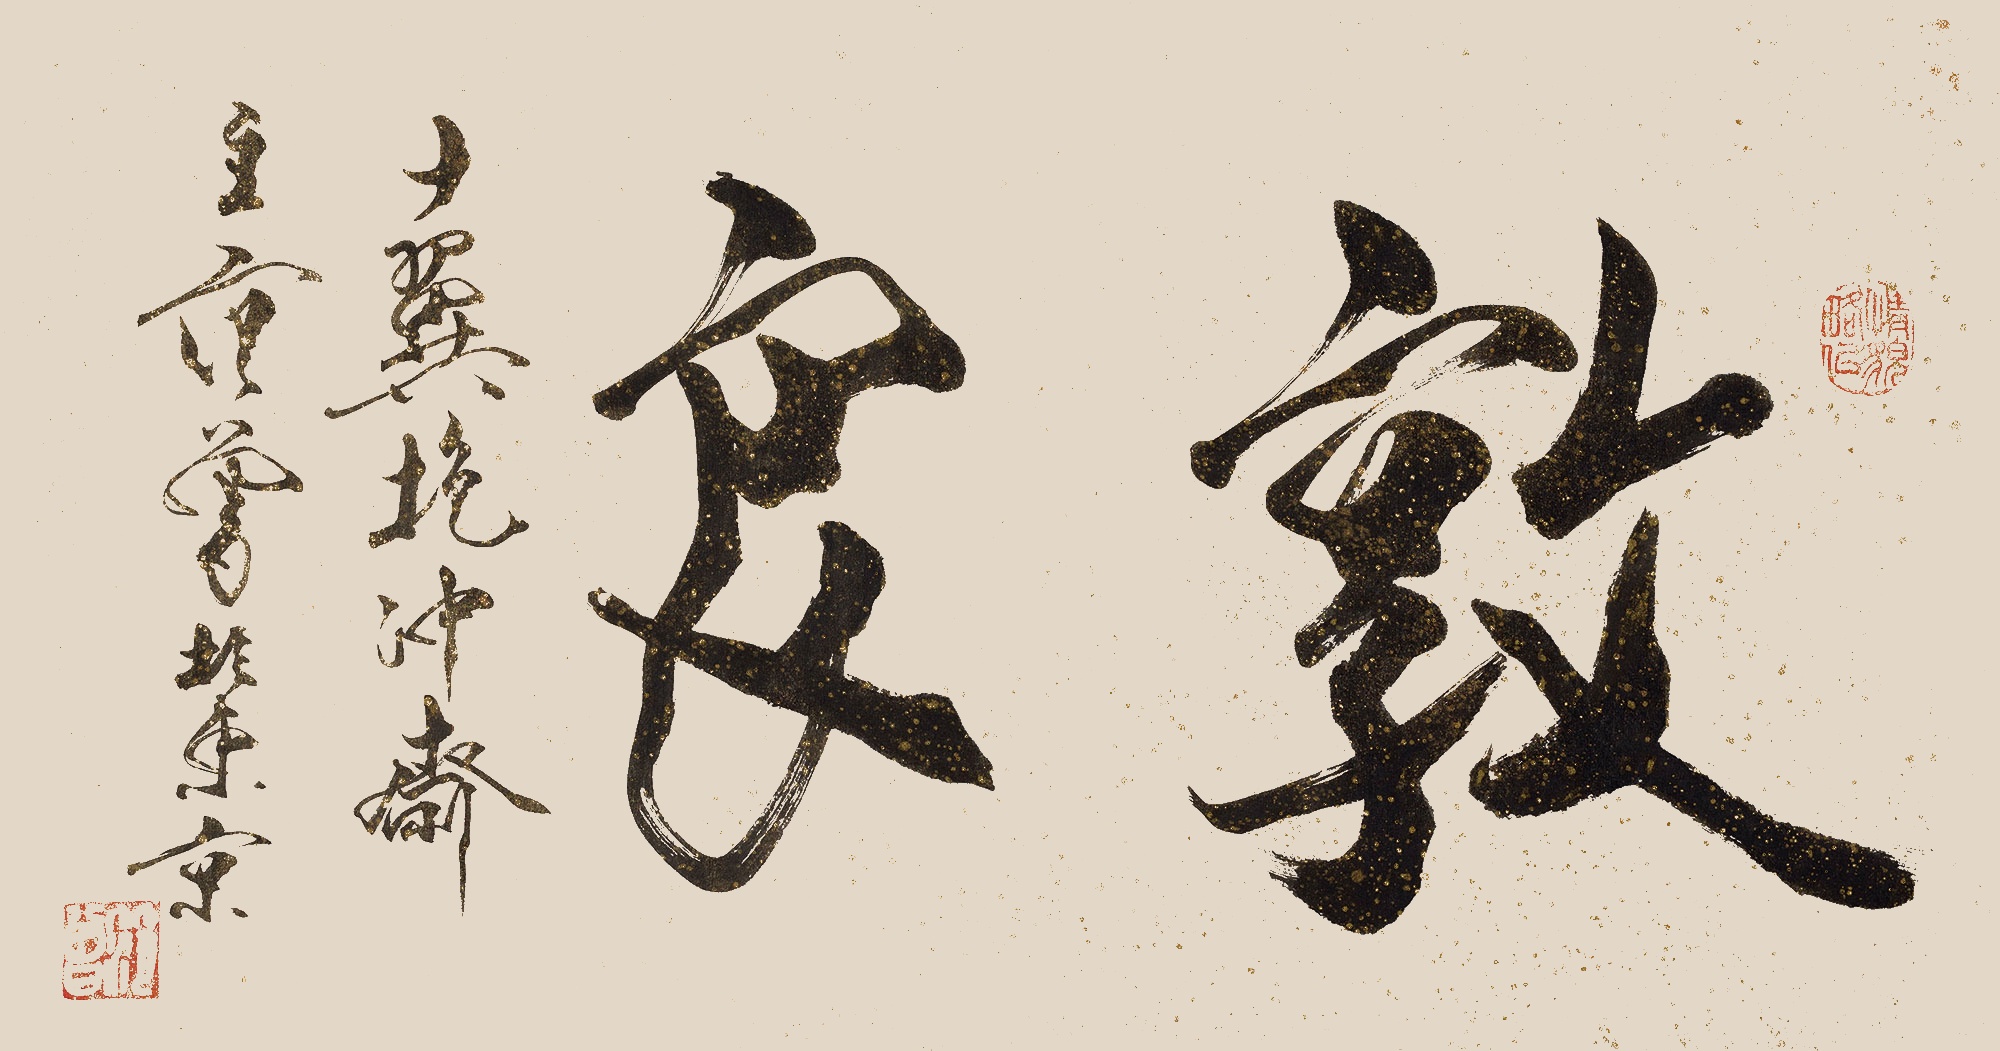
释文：敦良十翼抱冲斋主范曾于东京。